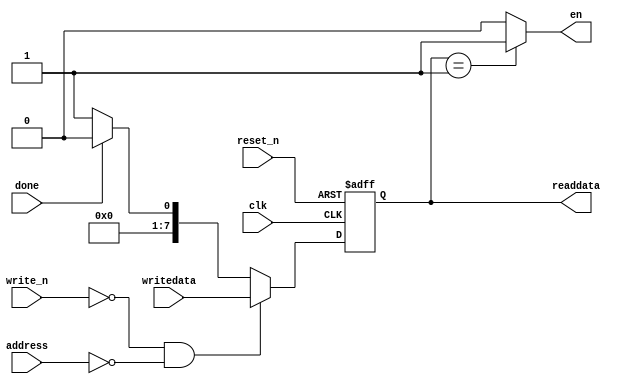
module Actuator
(
	input wire clk,
	input wire reset_n,
	input wire write_n,
	input wire address,
	input wire[7:0] writedata,
	output wire[7:0] readdata,
	
	//signal to know when done
	input wire done,
	
	//signal to start OrAtom
	output reg en
	
);

reg[7:0] status;

always @(posedge clk or negedge reset_n)
begin
	if(reset_n == 0) 
		status = 0;
	else if(~write_n && address == 0)
		status = writedata;
	else if(done == 1)
		status = 0;
	else 
		status = 1;
end

assign readdata = status;

always @(*)
begin
	if(status == 1) 
		en = 1'b1;
	else 
		en = 1'b0;
end

endmodule